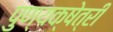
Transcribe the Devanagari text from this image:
पुण्यक्षेत्री